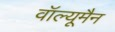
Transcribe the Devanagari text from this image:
वॉल्यूमैन